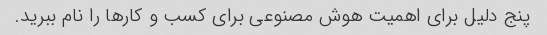
پنج دلیل برای اهمیت هوش مصنوعی برای کسب و کارها را نام ببرید.